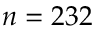
n = 2 3 2